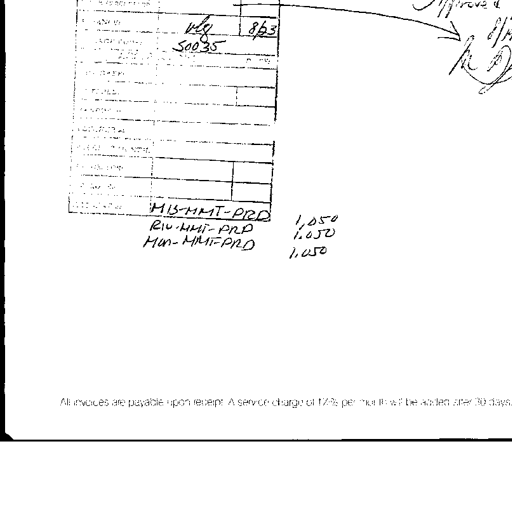
vlg 8/23
50035
Approved
8/18
MIS-MMT-PRD 1,050
RIV-MMT-PRD 1,050
HUN-MMT-PRD 1,050

All invoices are payable upon receipt. A service charge of 1 1/2% per month will be added after 30 days.